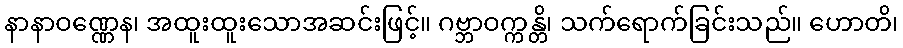
နာနာဝဏ္ဏေန၊ အထူးထူးသောအဆင်းဖြင့်။ ဂဗ္ဘာဝက္ကန္တိ၊ သက်ရောက်ခြင်းသည်။ ဟောတိ၊